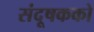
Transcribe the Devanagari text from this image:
संदूषकको